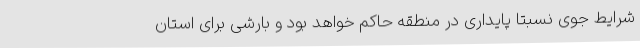
شرایط جوی نسبتا پایداری در منطقه حاکم خواهد بود و بارشی برای استان